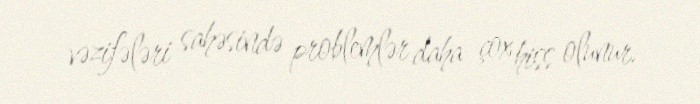
vəzifələri sahəsində problemlər daha çox hiss olunur.